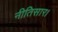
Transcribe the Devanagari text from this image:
नीतिसार।